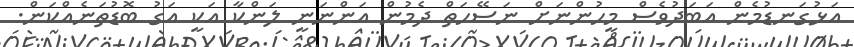
އަޅުގަނޑުމެން އަބަދުވެސް މީހުންނަށް ނަސޭހަތް ދެމުން އަންނަނީ ލަންކާ އަކީ އަގު ބޮޑުތަނެއްކަން.